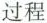
过程